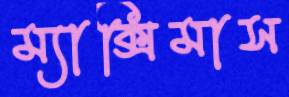
ম্যাক্সিমাস